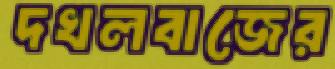
দখলবাজের